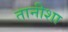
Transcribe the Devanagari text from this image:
तानीशा